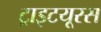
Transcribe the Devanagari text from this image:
ट्राइटयूरस